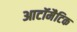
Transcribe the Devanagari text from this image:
आटॉमैटिक